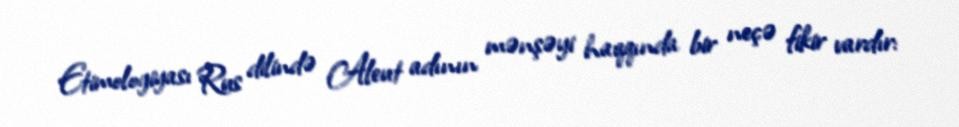
Etimologiyası Rus dilində Aleut adının mənşəyi haqqında bir neçə fikir vardır: